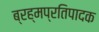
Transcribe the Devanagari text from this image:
ब्रह्मप्रतिपादक